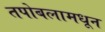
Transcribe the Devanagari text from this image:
तपोबलामधून